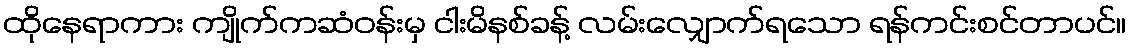
ထိုနေရာကား ကျိုက်ကဆံဝန်းမှ ငါးမိနစ်ခန့် လမ်းလျှောက်ရသော ရန်ကင်းစင်တာပင်။